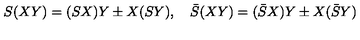
S ( X Y ) = ( S X ) Y \pm X ( S Y ) , \quad \bar { S } ( X Y ) = ( \bar { S } X ) Y \pm X ( \bar { S } Y )